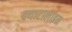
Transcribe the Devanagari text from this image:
क्याटालाइज